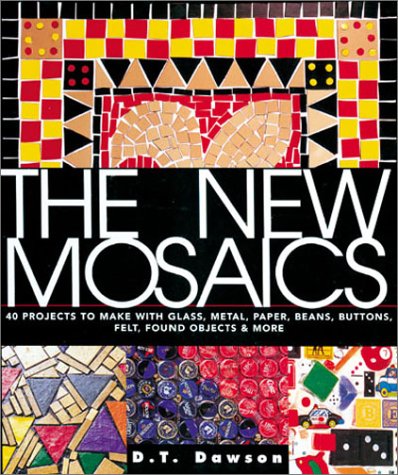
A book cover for The New Mosaics: 40 Projects to Make with Glass, Metal, Paper, Beans, Buttons, Felt, Found Objects & More; D.T. Dawson; Arts & Photography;